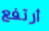
أرتفع